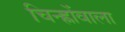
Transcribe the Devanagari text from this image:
चिन्ह्नोंवाला